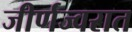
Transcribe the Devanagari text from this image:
जीर्णज्वरात